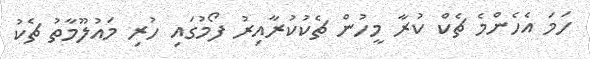
ހަމަ އެހެންމެ ޗެކް ކުރާ މީހުން ޗެކުކުރާއިރު ފޯމުގައި ހުރި މައުލޫމާތު ޗެކު